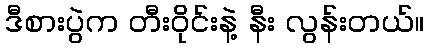
ဒီစားပွဲက တီးဝိုင်းနဲ့ နီး လွန်းတယ်။